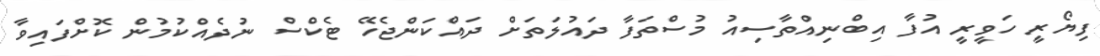
ފިޔޯރީ ހަވީރީ އުފާ އިބްނިއްތާސިއު މުސްތަފާ ދައުލަތަށް ދައްކަންޖެހޭ ޓެކްސް ނުދެއްކުމުން ކޮށްފައިވާ